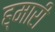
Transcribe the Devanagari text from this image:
ह्मारी